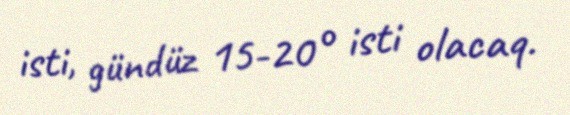
isti, gündüz 15-20° isti olacaq.